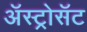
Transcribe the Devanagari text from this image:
अॅस्ट्रोसॅट